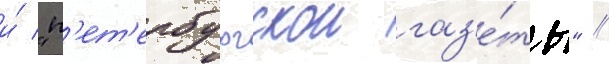
и́ "п'ет'ербургскои газ'е́ты" //